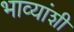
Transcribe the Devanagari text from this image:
भाव्यांशी